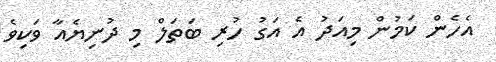
އެހެން ކަމުން މިއަދު އެ އަގު ހުރި ބަތަލް މި ދުނިޔެއާ ވަކިވެ